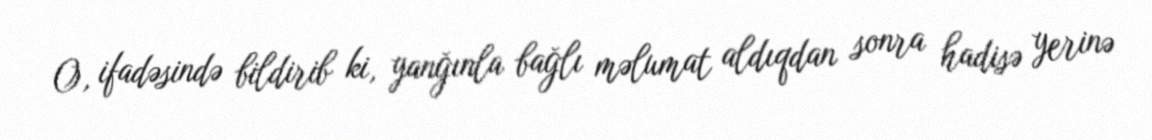
O, ifadəsində bildirib ki, yanğınla bağlı məlumat aldıqdan sonra hadisə yerinə